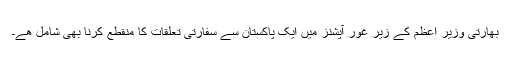
بھارتی وزیر اعظم کے زیر غور آپشنز میں ایک پاکستان سے سفارتی تعلقات کا منقطع کرنا بھی شامل ھے۔